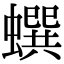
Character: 蟤